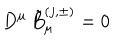
LaTeX: D ^ { \mu } \, { \tilde { B } } _ { \mu } ^ { ( j , \pm ) } = 0